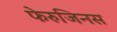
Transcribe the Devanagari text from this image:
फेरुजिनस